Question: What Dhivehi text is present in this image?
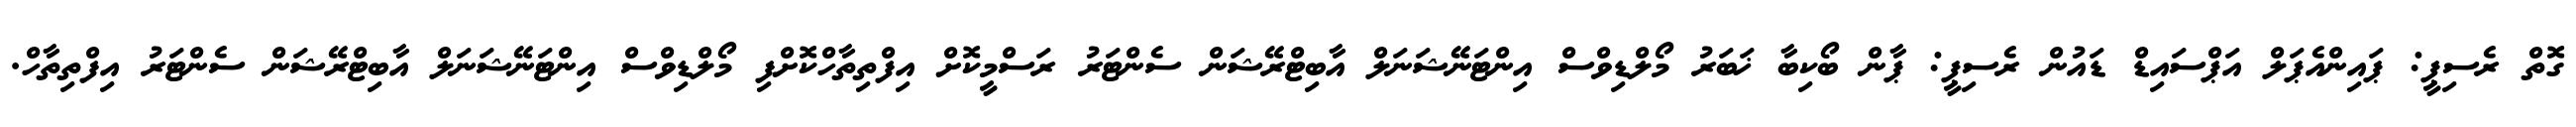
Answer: ގޮތް ރެސިޕީ: ޕައިންއެޕަލް އަޕްސައިޑް ޑައުން ރެސިޕީ: ޕާން ބޯކިބާ ޚަބަރު މޯލްޑިވްސް އިންޓަނޭޝަނަލް އާބިޓްރޭޝަން ސެންޓަރު ރަސްމީކޮށް އިފްތިތާހްކޮށްފި މޯލްޑިވްސް އިންޓަނޭޝަނަލް އާބިޓްރޭޝަން ސެންޓަރު އިފްތިތާހް.